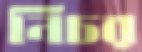
নিচর